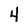
Character: 4